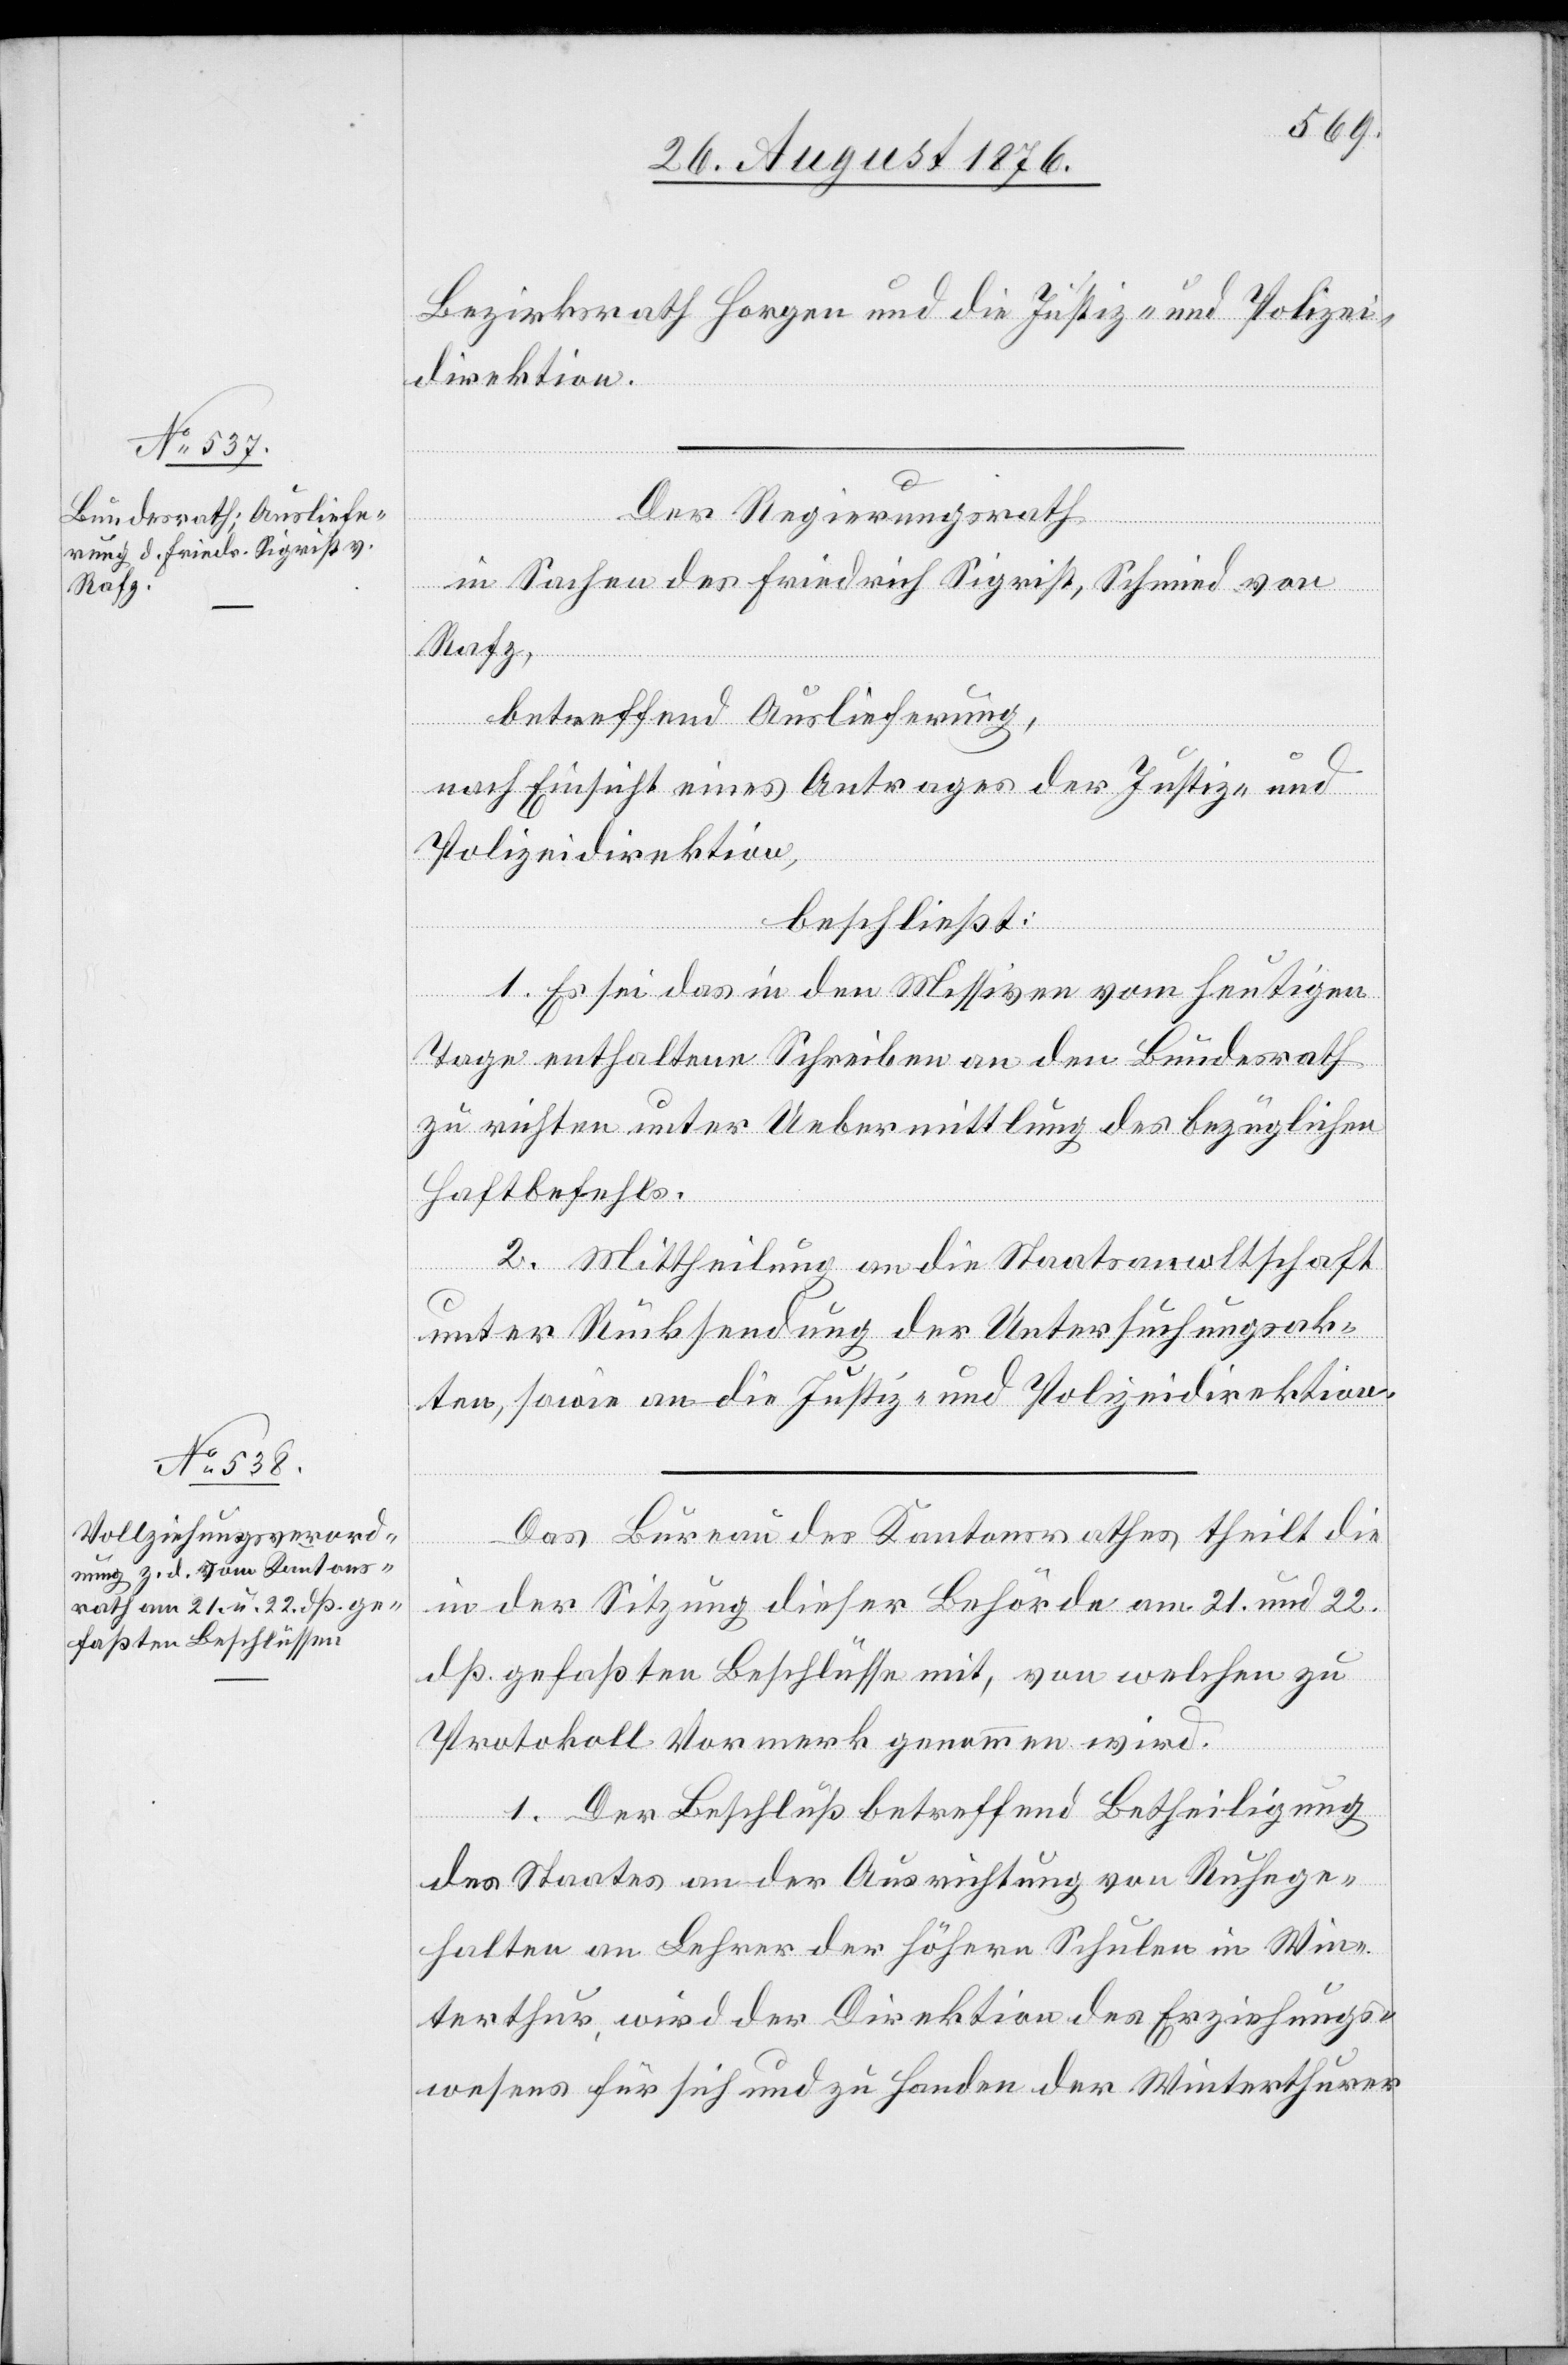
Bezirksrath Horgen und die Justiz- und Polizei¬
direktion.
Der Regierungsrath
in Sachen des Friedrich Siegrist, Schmid von
Rafz,
betreffend Auslieferung,
nach Einsicht eines Antrages der Justiz- und
Polizeidirektion,
beschließt:
1. Es sei das in den Missiven vom heutigen
Tage enthaltene Schreiben an den Bundesrath
zu richten unter Uebermittlung des bezüglichen
Haftbefehls.
2. Mittheilung an die Staatsanwaltschaft
unter Rücksendung der Untersuchungsak¬
ten, sowie an die Justiz- und Polizeidirektion.
Das Bureau des Kantonsrathes theilt die
in der Sitzung dieser Behörde am 21. und 22.
dß. gefaßten Beschlüsse mit, von welchen zu
Protokoll Vormerk genommen wird.
1. Der Beschluß betreffend Betheiligung
des Staates an der Ausrichtung von Ruhege¬
halten an Lehrer der höhern Schulen in Win¬
terthur, wird der Direktion des Erziehungs¬
wesens für sich und zu Handen der Winterthurer